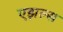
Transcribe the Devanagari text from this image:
एझल्स